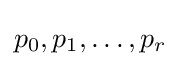
p_{0},p_{1},\ldots ,p_{r}